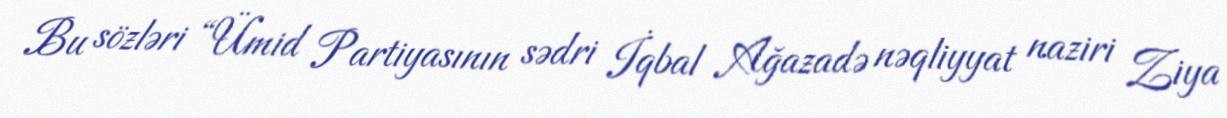
Bu sözləri “Ümid Partiyasının sədri İqbal Ağazadə nəqliyyat naziri Ziya